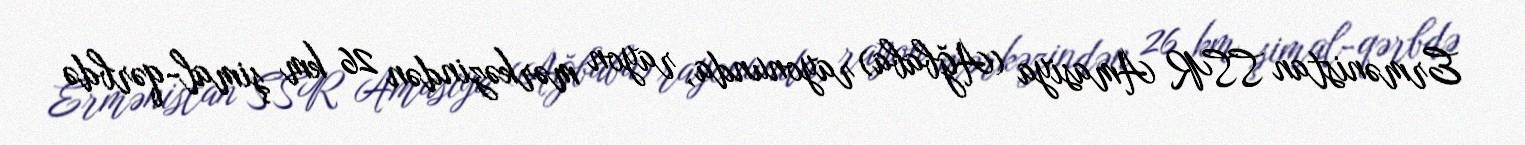
Ermənistan SSR Amasiya (Ağbaba) rayonunda, rayon mərkəzindən 26 km şimal-qərbdə